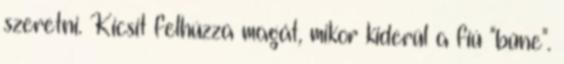
szeretni. Kicsit felhúzza magát, mikor kiderül a fiú "bűne".